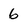
Character: 6